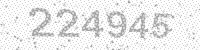
Solution: 224945